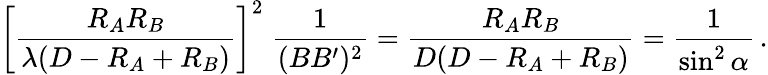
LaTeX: \left[{\frac{R_{A}R_{B}}{\lambda(D-R_{A}+R_{B})}}\right]^{2}\; {\frac{1}{(BB^{\prime})^{2}}}={\frac{R_{A}R_{B}}{D(D-R_{A}+R_{B})}}={\frac{1}{\sin^{2}\alpha}}\, .